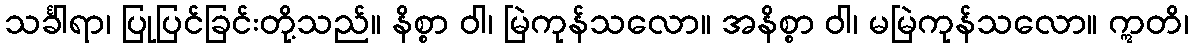
သင်္ခါရာ၊ ပြုပြင်ခြင်းတို့သည်။ နိစ္စာ ဝါ၊ မြဲကုန်သလော။ အနိစ္စာ ဝါ၊ မမြဲကုန်သလော။ ဣတိ၊